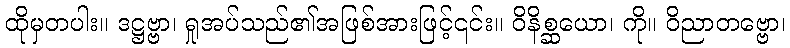
ထိုမှတပါး။ ဒဋ္ဌဗ္ဗာ၊ ရှုအပ်သည်၏အဖြစ်အားဖြင့်၎င်း။ ဝိနိစ္ဆယော၊ ကို။ ဝိညာတဗ္ဗော၊